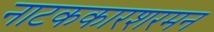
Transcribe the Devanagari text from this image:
नाटककारशरमन